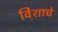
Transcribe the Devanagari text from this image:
विेशाचे